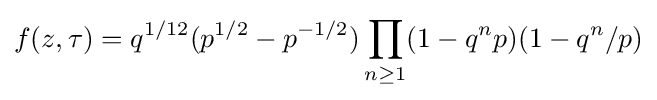
f(z,\tau )=q^{1/12}(p^{1/2}-p^{-1/2})\prod _{n\geq 1}(1-q^{n}p)(1-q^{n}/p)